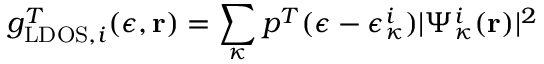
g _ { \mathrm { L D O S } , i } ^ { T } ( \epsilon , \mathbf { r } ) = \sum _ { \kappa } p ^ { T } ( \epsilon - \epsilon _ { \kappa } ^ { i } ) | \Psi _ { \kappa } ^ { i } ( \mathbf { r } ) | ^ { 2 }